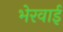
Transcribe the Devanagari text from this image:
भेरवाई